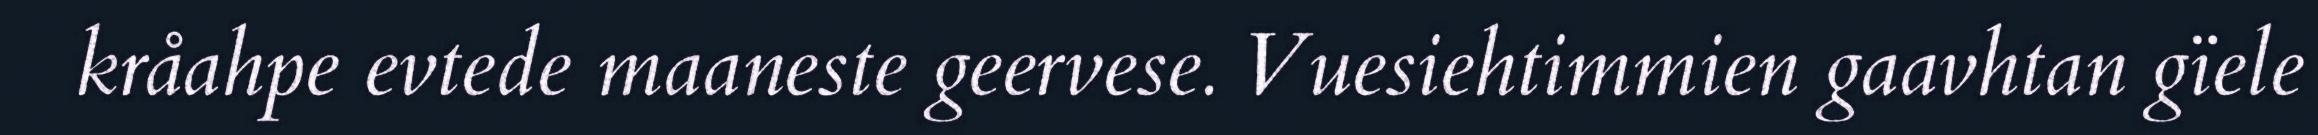
kråahpe evtede maaneste geervese. Vuesiehtimmien gaavhtan gïele